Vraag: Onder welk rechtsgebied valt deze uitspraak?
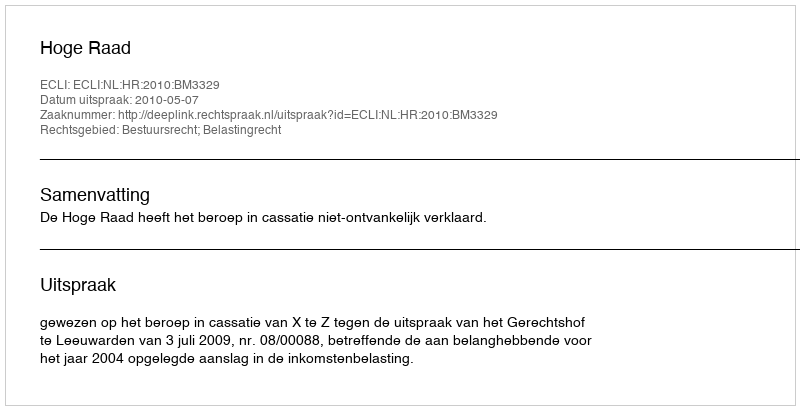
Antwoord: Bestuursrecht; Belastingrecht